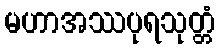
မဟာအဿပုရသုတ္တံ